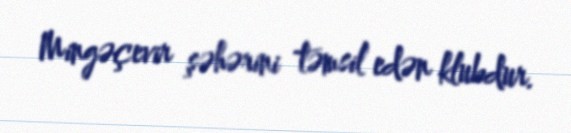
Mingəçevir şəhərini təmsil edən klubdur.